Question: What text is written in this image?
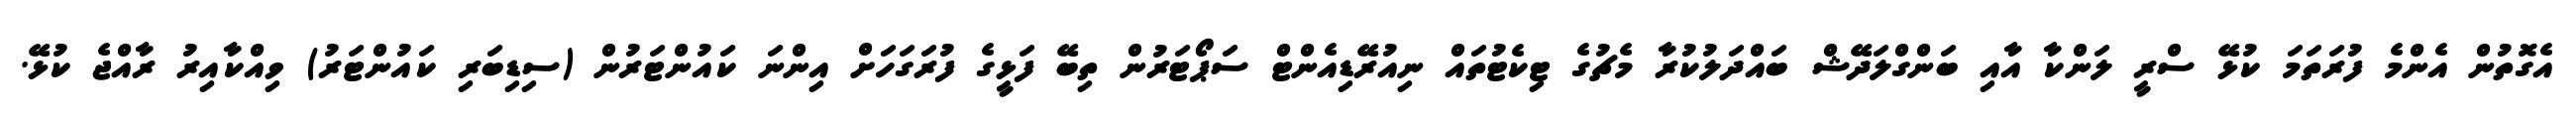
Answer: އެގޮތުން އެންމެ ފުރަތަމަ ކުޅޭ ސްރީ ލަންކާ އާއި ބަންގްލަދޭޝް ބައްދަލުކުރާ މެޗުގެ ޓިކެޓުތައް ނިއުރޭޑިއެންޓް ސަޕޯޓަރުން ތިބޭ ފަޅީގެ ފުރަގަހަށް އިންނަ ކައުންޓަރުން (ސިޑިބަރި ކައުންޓަރު) ވިއްކާއިރު ރާއްޖެ ކުޅޭ.